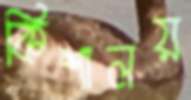
কিশালয়